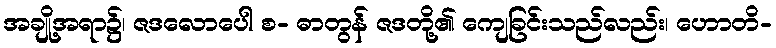
အချို့အရာ၌၊ ဇဒလောပေါ စ- ဓာတွန် ဇဒတို့၏ ကျေခြင်းသည်လည်း၊ ဟောတိ-